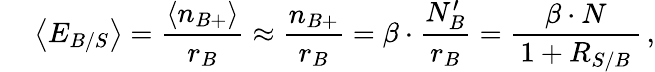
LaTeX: \quad\: \left<E_{B/S}\right>=\frac{\left<n_{B+}\right>}{r_{B}}\approx\frac{n_{B+}}{r_{B}}=\beta\cdot\frac{N_{B}^{\prime}}{r_{B}}=\frac{\beta\cdot N}{\, 1+R_{S/B}\, }\, ,